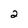
Character: 2